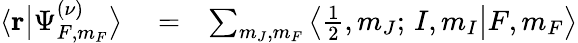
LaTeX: \begin{array}{rlr}{\langle{\mathbf r}\big|\Psi_{F,m_{F}}^{(\nu)}\big\rangle}&{{}=}&{\sum_{m_{J},m_{F}}\big\langle\frac{1}{2},m_{J};\, I,m_{I}\big|F,m_{F}\big\rangle}\end{array}